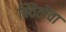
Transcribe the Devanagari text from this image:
क्वितोवा